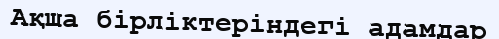
Ақша бірліктеріндегі адамдар